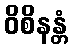
ဝိစိနန္တံ